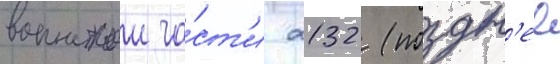
воинскои ча́ст'и 2132 (поздн'ее